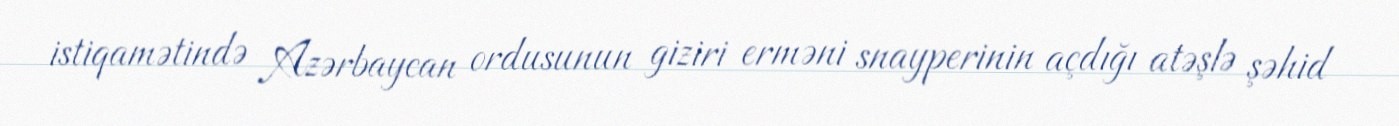
istiqamətində Azərbaycan ordusunun giziri erməni snayperinin açdığı atəşlə şəhid